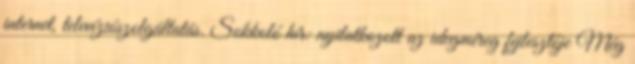
internet, televíziószolgáltatás. Sokkoló hír: nyilatkozott az idegméreg fejlesztője Még